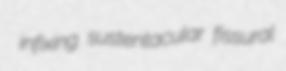
infixing sustentacular fissural